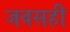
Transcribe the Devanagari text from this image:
जवसही